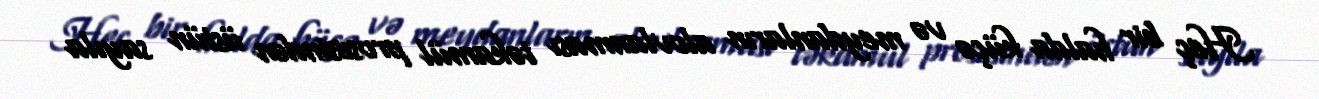
Heç bir halda küçə və meydanların alovlanması təkamül prosesindən üstün sayıla